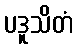
ပဒူသိတံ